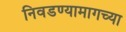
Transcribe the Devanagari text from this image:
निवडण्यामागच्या